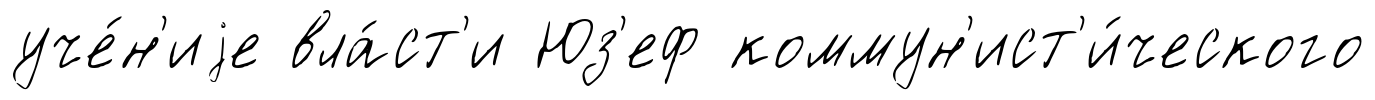
уче́н'иjе вла́ст'и Юз'еф коммун'ист'и́ческого